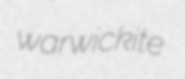
warwickite